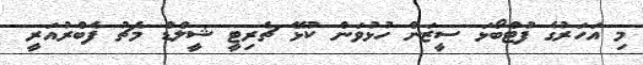
މި އަހަރުގެ ފުޓްބޯޅަ ސީޒަން ހުޅުވަން ކުޅޭ ޗެރިޓީ ޝީލްޑް މެޗު ފެބްރުއަރީ